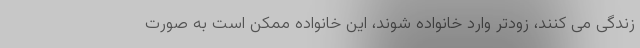
زندگی می کنند، زودتر وارد خانواده شوند، این خانواده ممکن است به صورت